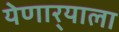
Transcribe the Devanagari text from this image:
येणार्‍याला